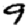
Digit: 9